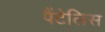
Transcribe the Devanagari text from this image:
पैंटेलिस